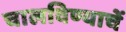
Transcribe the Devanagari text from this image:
चालविण्याचें